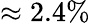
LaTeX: \approx 2.4\%